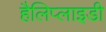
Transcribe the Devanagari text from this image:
हैलिप्लाइडी